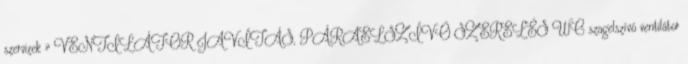
szervizek » VENTILÁTOR JAVÍTÁS, PÁRAELSZÍVÓ SZERELÉS WC szagelszívó ventilátor